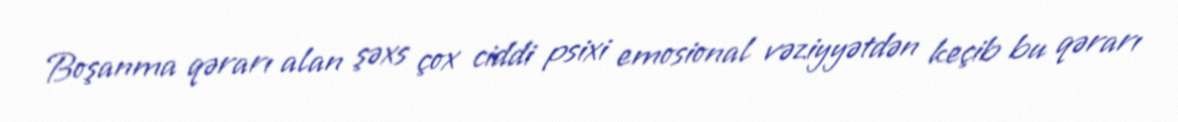
Boşanma qərarı alan şəxs çox ciddi psixi emosional vəziyyətdən keçib bu qərarı